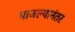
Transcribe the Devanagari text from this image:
भाजल्यानंतर